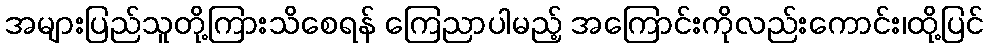
အများပြည်သူတို့ကြားသိစေရန် ကြေညာပါမည့် အကြောင်းကိုလည်းကောင်း၊ထို့ပြင်